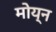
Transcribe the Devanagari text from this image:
मोय्न